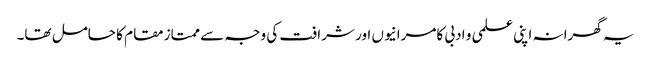
یہ گھرانہ اپنی علمی و ادبی کامرانیوں اور شرافت کی وجہ سے ممتاز مقام کا حامل تھا۔